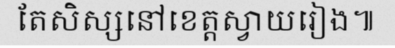
តែសិស្សនៅខេត្តស្វាយរៀង៕